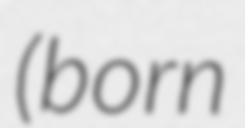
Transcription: (born